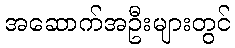
အဆောက်အဦးများတွင်